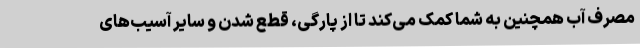
مصرف آب همچنین به شما کمک می‌کند تا از پارگی، قطع شدن و سایر آسیب‌های